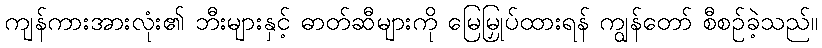
ကျန်ကားအားလုံး၏ ဘီးများနှင့် ဓာတ်ဆီများကို မြေမြှုပ်ထားရန် ကျွန်တော် စီစဉ်ခဲ့သည်။